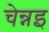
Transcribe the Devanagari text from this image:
चेन्नइ